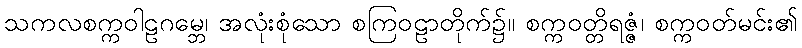
သကလစက္ကဝါဠဂမ္ဘေ၊ အလုံးစုံသော စကြဝဠာတိုက်၌။ စက္ကဝတ္တိရဇ္ဇံ၊ စက္ကဝတ်မင်း၏